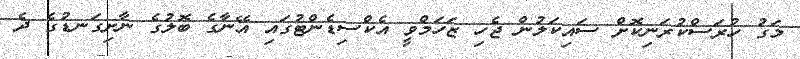
މަގު ހުރަސްކުރަނިކޮށް ސައިކަލުން ޖެހި ޒަހަމްވީ އެކްސިޑެންޓުގައި އޭނާގެ ބޮލުގެ ނާށިގަނޑުގެ ދެ